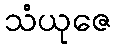
သံယုဇေ